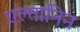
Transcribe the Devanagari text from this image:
एल्तानिन